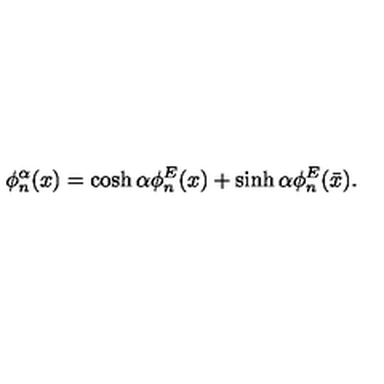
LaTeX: \phi _ { n } ^ { \alpha } ( x ) = \cosh \alpha \phi _ { n } ^ { E } ( x ) + \sinh \alpha \phi _ { n } ^ { E } ( \bar { x } ) .